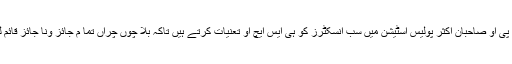
اسی لئے ڈی پی او صاحبان اکثر پولیس اسٹیشن میں سب انسکٹرز کو ہی ایس ایچ او تعنیات کرتے ہیں تاکہ بلا چوں چراں تما م جائز ونا جائز قائم لیے جاسکیں۔